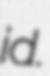
id.